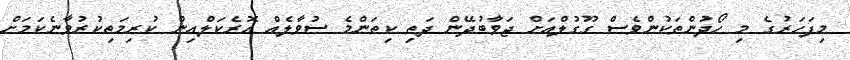
މިފަހަރުގެ މި ހޯދުންތަކުންވެސް ގޫގުލްއަށް ޖަވާބުދޭން ދަތި ކިތަންމެ ސުވާލެއް އޮރެކަލްއިން ކުރިމަތިކުރުވާނެކަމަށް